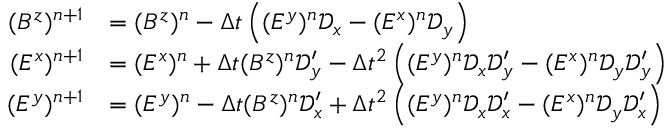
\begin{array} { r l } { ( B ^ { z } ) ^ { n + 1 } } & { = ( B ^ { z } ) ^ { n } - \Delta t \left( ( E ^ { y } ) ^ { n } \mathscr D _ { x } - ( E ^ { x } ) ^ { n } \mathscr D _ { y } \right) } \\ { ( E ^ { x } ) ^ { n + 1 } } & { = ( E ^ { x } ) ^ { n } + \Delta t ( B ^ { z } ) ^ { n } \mathscr D _ { y } ^ { \prime } - \Delta t ^ { 2 } \left( ( E ^ { y } ) ^ { n } \mathscr D _ { x } \mathscr D _ { y } ^ { \prime } - ( E ^ { x } ) ^ { n } \mathscr D _ { y } \mathscr D _ { y } ^ { \prime } \right) } \\ { ( E ^ { y } ) ^ { n + 1 } } & { = ( E ^ { y } ) ^ { n } - \Delta t ( B ^ { z } ) ^ { n } \mathscr D _ { x } ^ { \prime } + \Delta t ^ { 2 } \left( ( E ^ { y } ) ^ { n } \mathscr D _ { x } \mathscr D _ { x } ^ { \prime } - ( E ^ { x } ) ^ { n } \mathscr D _ { y } \mathscr D _ { x } ^ { \prime } \right) } \end{array}